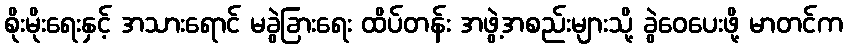
စိုးမိုးရေးနှင့် အသားရောင် မခွဲခြားရေး ထိပ်တန်း အဖွဲ့အစည်းများသို့ ခွဲဝေပေးဖို့ မာတင်က